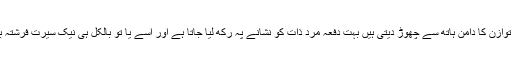
کئی مصنفات اپنی تحریروں میں توازن کا دامن ہاتھ سے چھوڑ دیتی ہیں بہت دفعہ مرد ذات کو نشانے پہ رکھ لیا جاتا ہے اور اسے یا تو بالکل ہی نیک سیرت فرشتہ بنا دیا جاتا ہے یا بالکل ہی حیوان۔